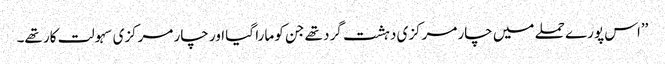
’’اس پورے حملے میں چار مرکزی دہشت گرد تھے جن کو مارا گیا اور چار مرکزی سہولت کار تھے۔